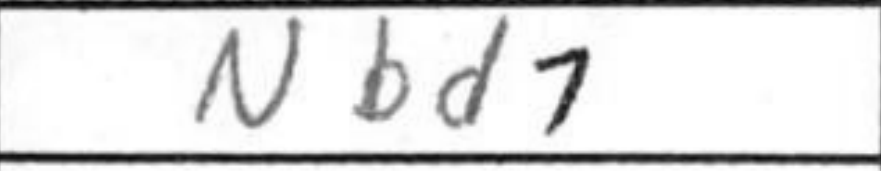
Transcription: Nbd7